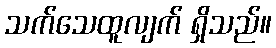
သက်သေထူလျက် ရှိသည်။